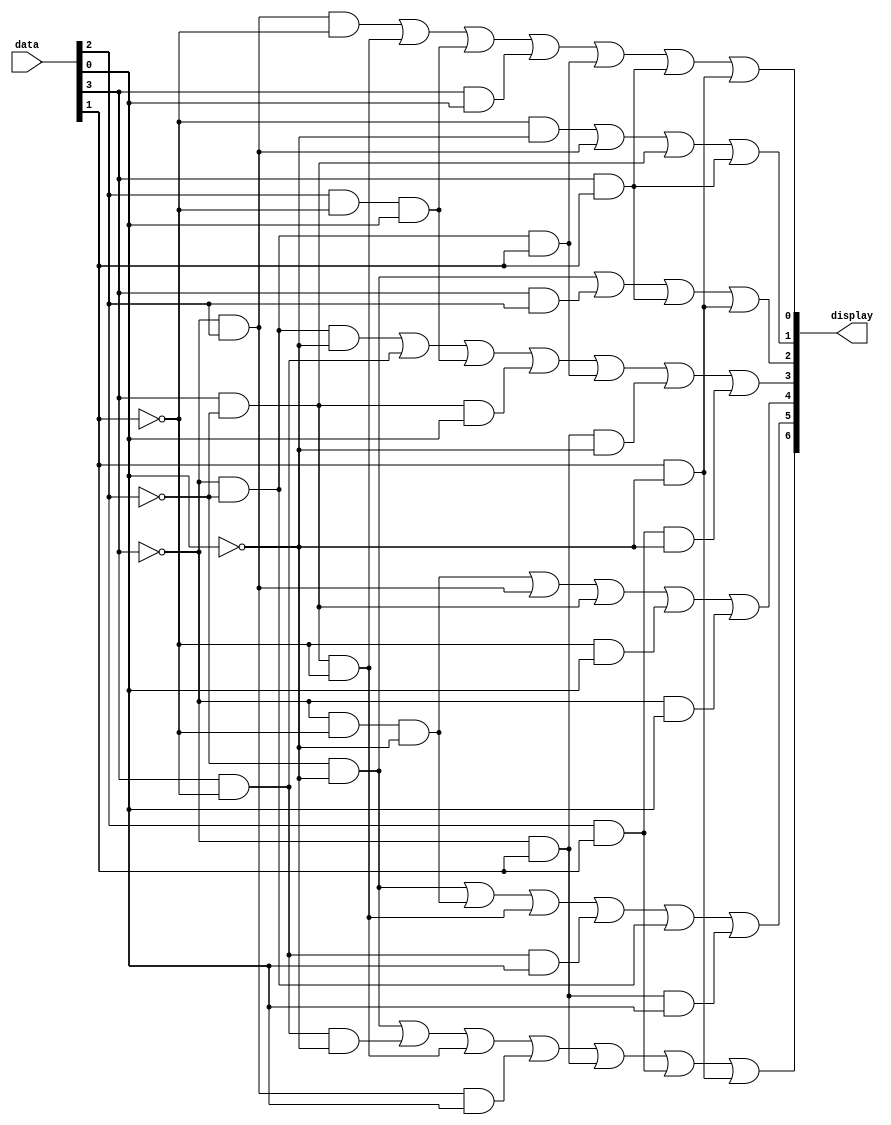
module seven_segment_display_assign (data, display);
input [3:0] data;
output [6:0] display;
wire A, B, C, D;
wire a, b, c, d, e, f, g;

assign {A, B, C, D} = data;
assign display = {a, b, c, d, e, f, g};


assign a = (~B & ~D) | (A & ~C & ~D) | (A & ~B & ~C) | (~A & B & D) | (
  ~A & C) | (B & C) | (C & ~D);
assign b = (~B & ~D) | (~A & ~C & ~D) | (A & ~B & ~C) | (A & ~C & D) | (
  ~A & ~B) | (~A & C & D);
assign c = (~A & ~C & ~D) | (~A & B) | (A & ~B) | (~C & D) | (~A & D);
assign d =  (~A & ~B & ~D) | (A & ~C) | (B & ~C & D) | (A & ~B & D) | (
  ~A & ~B & C) | (~A & C & ~D) | (B & C & ~D);
assign e = (~B & ~D) | (A & B) | (A & C) | (C & ~D);
assign f =  (~C & ~D) | (~A & B) | (A & ~B) | (A & C);
assign g = (~A & B & ~C) | (A & ~B & ~C) | (B & ~C & D) | (A & D) | (
  ~A & ~B & C) | (A & C) | (C & ~D);

endmodule // seven_segment_display_assign